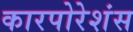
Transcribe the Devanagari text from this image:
कारपोरेशंस